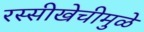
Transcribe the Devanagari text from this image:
रस्सीखेचीमुळे